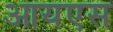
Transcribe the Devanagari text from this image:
आयएस